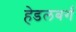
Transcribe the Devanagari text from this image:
हेडलबर्ग